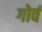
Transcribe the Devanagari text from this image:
गोर्व